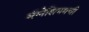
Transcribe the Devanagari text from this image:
मॅग्नेशियमची